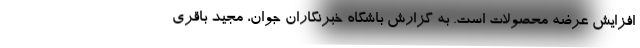
افزایش عرضه محصولات است. به گزارش باشگاه خبرنگاران جوان، مجید باقری